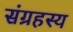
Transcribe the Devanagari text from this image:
संग्रहस्य